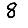
Digit: 8